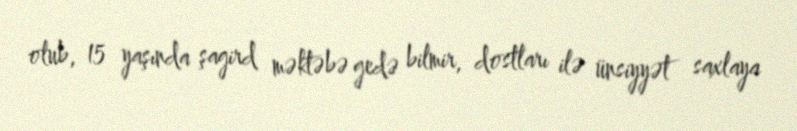
olub, 15 yaşında şagird məktəbə gedə bilmir, dostları ilə ünsiyyət saxlaya